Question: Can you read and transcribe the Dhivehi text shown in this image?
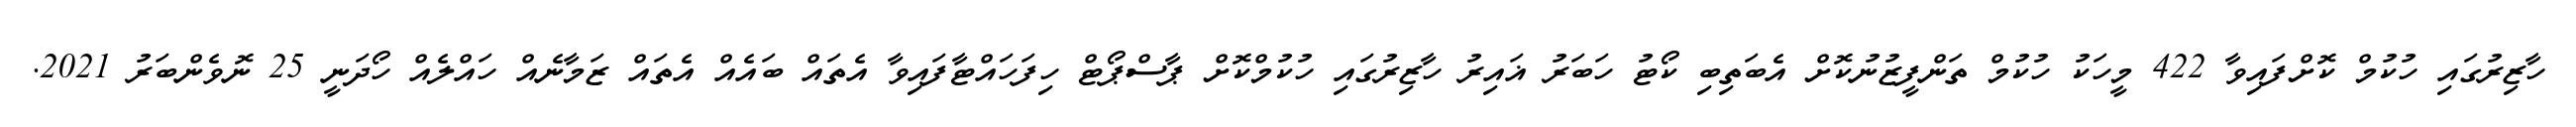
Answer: ހާޒިރުގައި ހުކުމް ކޮށްފައިވާ 422 މީހަކު ހުކުމް ތަންފީޒުނުކޮށް އެބަތިބި ކޯޓު ހަބަރު ޣައިރު ހާޒިރުގައި ހުކުމްކޮށް ޕާސްޕޯޓް ހިފަހައްޓާފައިވާ އެތައް ބައެއް އެތައް ޒަމާނެއް ހައްލެއް ހޯދަނީ 25 ނޮވެންބަރު 2021.